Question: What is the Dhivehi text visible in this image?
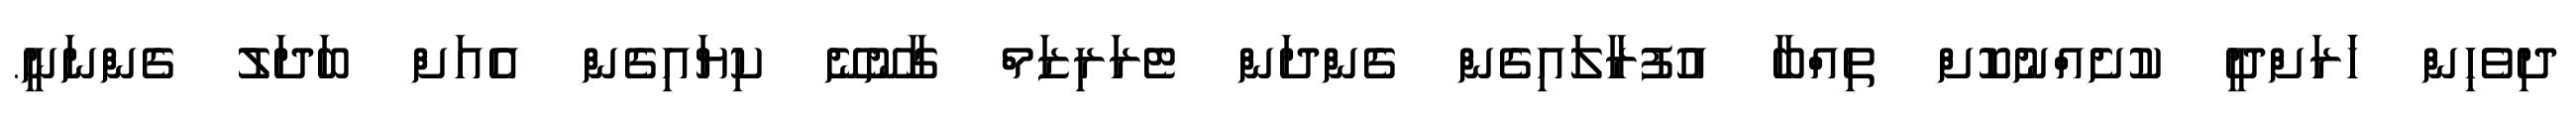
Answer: ދިވެހިން ހަަރަށްދީ ކުށެއްނުކޮށް ތިއްބާ އުފުރާލައިގެން ގެންދަން ޓެރަރިޒަމް ގާނޫނޭ ކިޔައިގެން އެއަށް ބަދަލު ގެންނަނީ.